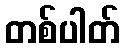
တစ်ပါတ်